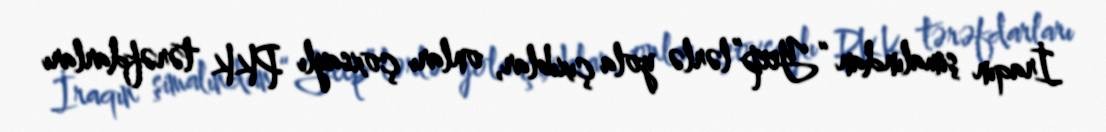
İraqın şimalından “Yeep”lərlə yola çıxıblar, onları çoxsaylı PKK tərəfdarları